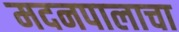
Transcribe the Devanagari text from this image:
मदनपालाचा